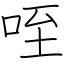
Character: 咥